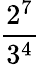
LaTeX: \frac{2^{7}}{3^{4}}